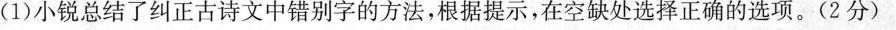
(1)小锐总结了纠正古诗文中错别字的方法，根据提示，在空缺处选择正确的选项。(2分)